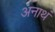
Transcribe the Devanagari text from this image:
अनाथं